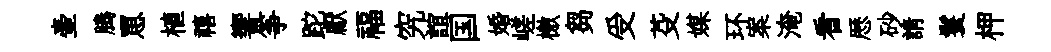
壷腾罳植禧響筝跎獻福究誼国婚嵯檄芻受芟媒环案淹看厯砂請鬟柙